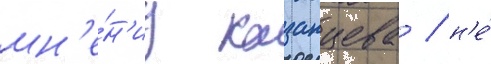
мн'е́н'иу казанцева / н'е́